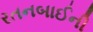
રતનબાઈની